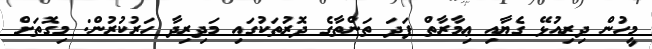
މީހުން ދިރިއުޅޭ ގެޔާއި ޢިމާރާތް ފަދަ ތަންތާގެ ދޮރުތަކުގައި މަދިރިދާ ހަރުކުރުން: މިގޮތަށް